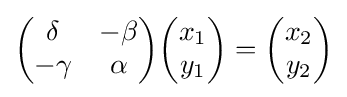
{\begin{pmatrix}\delta &-\beta \\-\gamma &\alpha \end{pmatrix}}{\begin{pmatrix}x_{1}\\y_{1}\end{pmatrix}}={\begin{pmatrix}x_{2}\\y_{2}\end{pmatrix}}